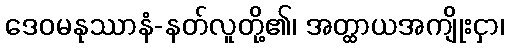
ဒေဝမနုဿာနံ-နတ်လူတို့၏၊ အတ္ထာယအကျိုးငှာ၊